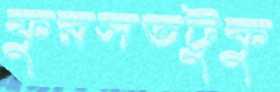
ফুরসতটুকু